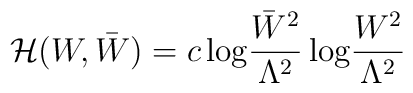
{\cal H}(W,\bar{W})=c\,{\rm log}\frac{\bar{W}^2}{\Lambda^2}\,{\rm log}\frac{W^2}{\Lambda^2}